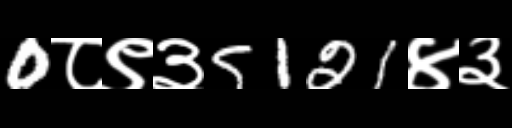
Text: 0८९३5121४३